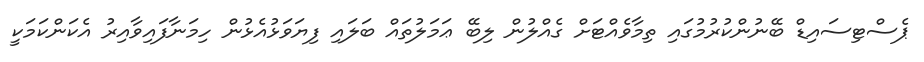
ޕެސްޓިސައިޑް ބޭނުންކުރުމުގައި ތިމާވެއްޓަށް ގެއްލުން ލިބޭ ޢަމަލުތައް ބަލައި ފިޔަވަޅުއެޅުން ހިމަނާފައިވާއިރު އެކަންކަމަކީ